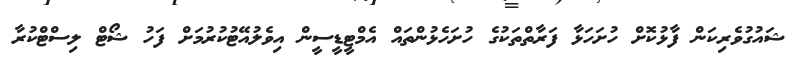
ޝައުގުވެރިކަން ފާޅުކޮށް ހުށަހަޅާ ފަރާތްތަކުގެ ހުށަހެޅުންތައް އެމްޓީޑީސީން އިވެލުއޭޓުކުރުމަށް ފަހު ޝޯޓް ލިސްޓްކުރާ